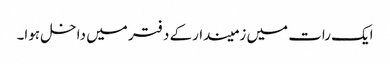
ایک رات میں زمیندارکے دفتر میں داخل ہوا۔